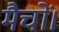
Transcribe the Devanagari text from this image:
मैचों।